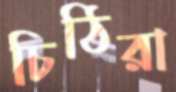
চিঠিরা